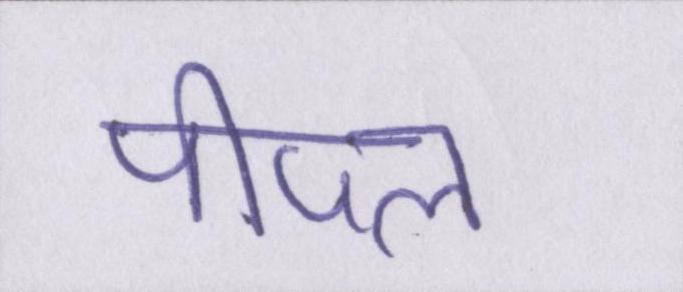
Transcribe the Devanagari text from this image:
पीपल